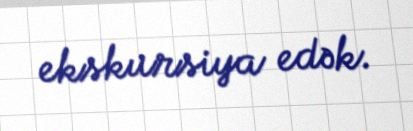
ekskursiya edək.